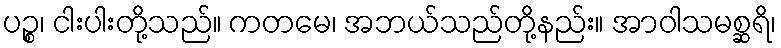
ပဉ္စ၊ ငါးပါးတို့သည်။ ကတမေ၊ အဘယ်သည်တို့နည်း။ အာဝါသမစ္ဆရိ၊